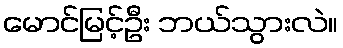
မောင်မြင့်ဦး ဘယ်သွားလဲ။